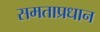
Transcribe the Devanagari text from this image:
समताप्रधान